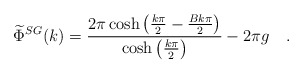
\begin{align*}\widetilde{\Phi }^{SG}(k)=\frac{2\pi \cosh \left( \frac{k\pi }{2}-\frac{Bk\pi }{2}\right)}{\cosh \left( \frac{k\pi }{2}\right) }-2\pi g\quad .\end{align*}